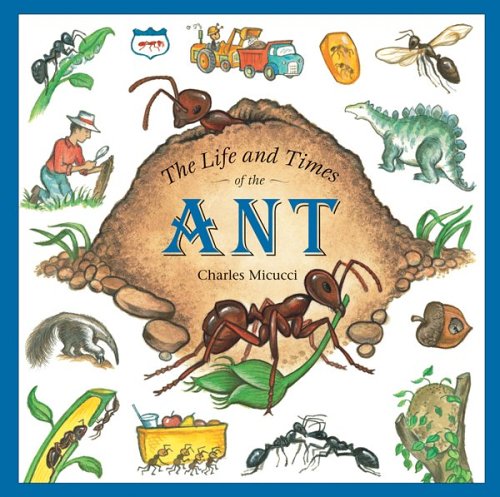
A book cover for The Life and Times of the Ant; Charles Micucci; Children's Books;